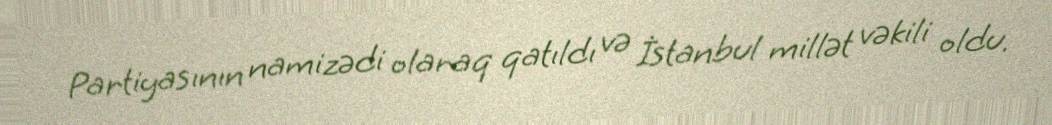
Partiyasının namizədi olaraq qatıldı və İstanbul millət vəkili oldu.